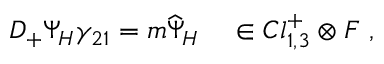
{ \cal D } _ { + } \Psi _ { H } \gamma _ { 2 1 } = m \widehat { \Psi } _ { H } ~ ~ ~ \in C l _ { 1 , 3 } ^ { + } \otimes { \cal F } ~ ,